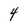
Character: 4